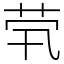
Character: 茕